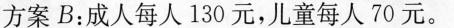
方案B：成人每人130元，儿童每人70元。